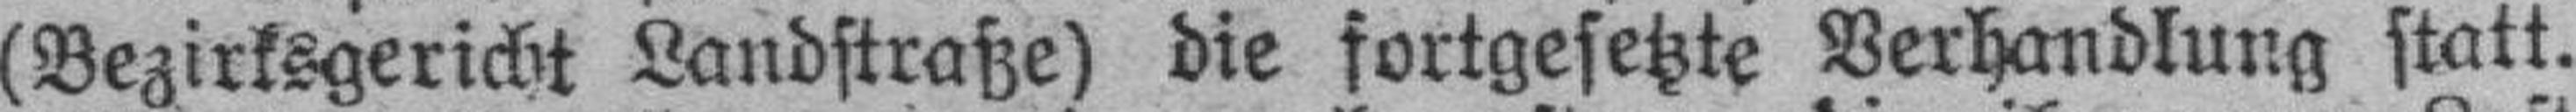
(Bezirksgericht Landstraße) die fortgesetzte Verhandlung statt.